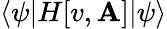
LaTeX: \langle\psi|H[v,\mathbf{A}]|\psi\rangle